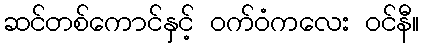
ဆင်တစ်ကောင်နှင့် ဝက်ဝံကလေး ဝင်နီ။